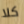
كلا